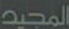
المجيد